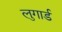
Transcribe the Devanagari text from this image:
लुगार्ड